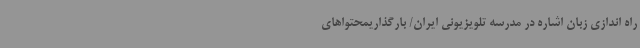
راه اندازی زبان اشاره در مدرسه تلویزیونی ایران/ بارگذاریمحتواهای